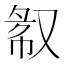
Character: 𫩁